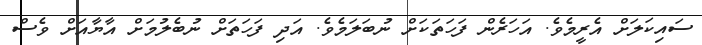
ސައިކަލަށް އެރީމެވެ. އަހަރެން ފަހަތަކަށް ނުބަލަމެވެ. އަދި ފަހަތަށް ނުބެލުމަށް އާޔާއަށް ވެސް